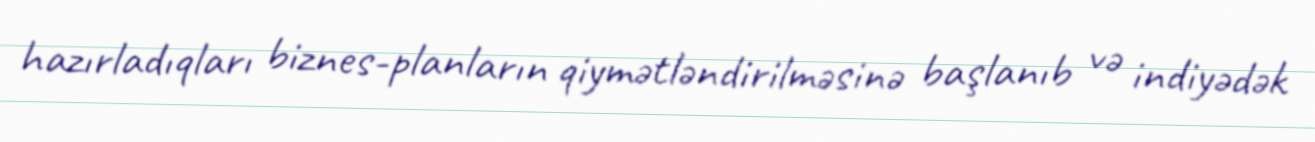
hazırladıqları biznes-planların qiymətləndirilməsinə başlanıb və indiyədək